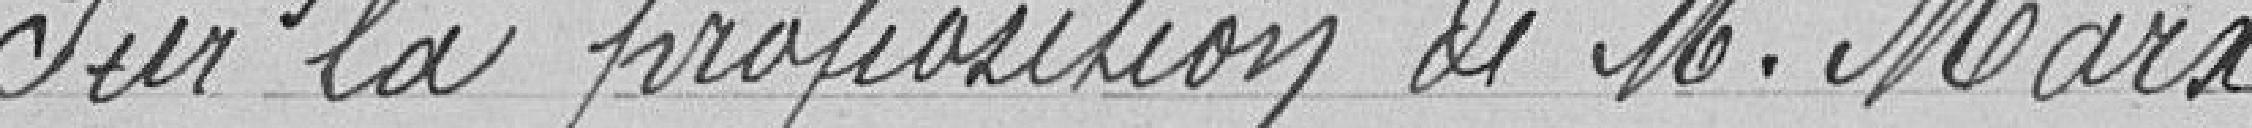
Sur la proposition de M. Marx.